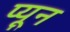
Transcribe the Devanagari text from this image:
प्यून